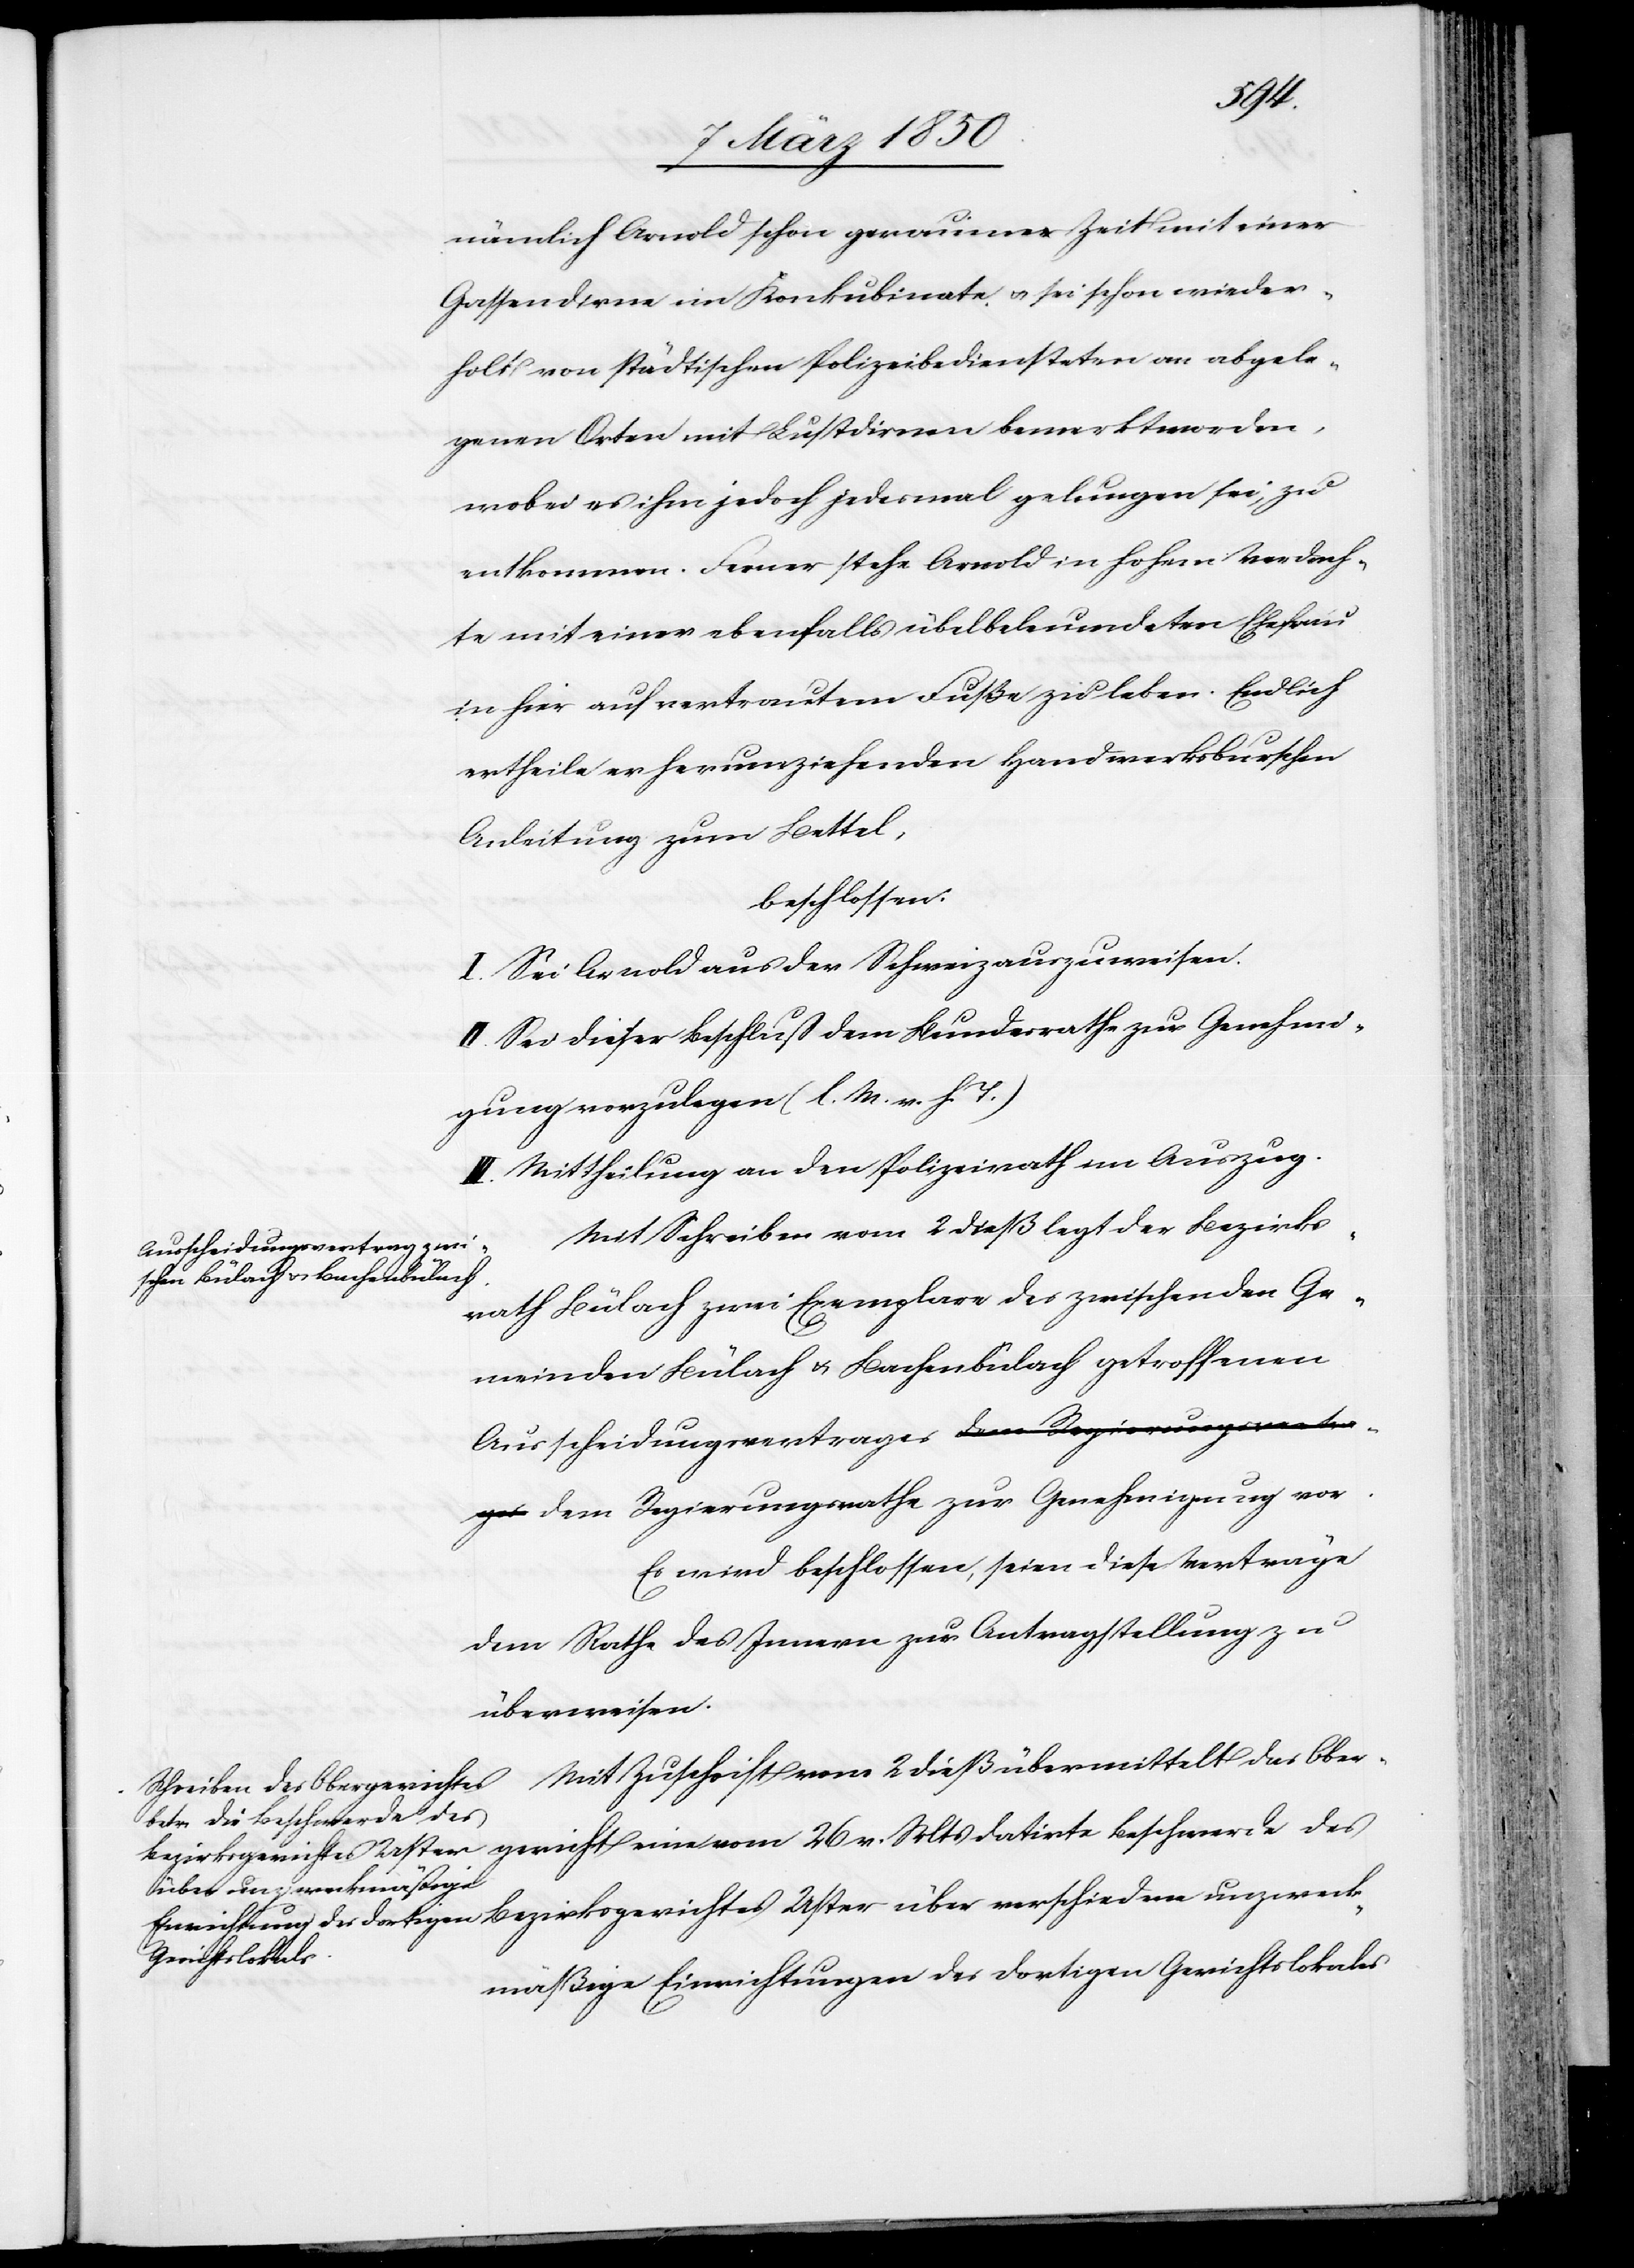
unzweck¬
nämlich Arnold schon geraume Zeit mit einer
Gassendirne im Konkubinate u. sei schon wieder¬
holt von städtischen Polizeibediensteten an abgele¬
genen Orten mit Lustdirnen bemerkt worden,
wobei es ihm jedoch jedesmal gelungen sei, zu
entkommen. Ferner stehe Arnold in hohem Verdach¬
te mit einer ebenfalls übelbeleumdeten Ehefrau
in hier auf vertrautem Fuße zu leben. Endlich
ertheile er herumziehenden Handwerksburschen
Anleitung zum Bettel,
beschlossen:
I. Sei Arnold aus der Schweiz auszuweisen.
II. Sei dieser Beschluß dem Bundesrathe zur Genehmi¬
gung vorzulegen (l. M. v. h. T.)
III. Mittheilung an den Polizeirath im Auszug.
Mit Schreiben vom 2 dieß legt der Bezirks¬
Ausscheidungsvertrage¬
rath Bülach zwei Exemplare des zwischen den Ge¬
meinden Bülach u. Bachenbülach getroffenen
s dem Regierungsrathe zur Genehmigung vor.
Es wird beschlossen, seien diese Verträge
dem Rathe des Innern zur Antragstellung zu
überweisen.
übermittelt das Obergericht eine vom 26 v. Mts datirte Beschwerde des
mäßige Einrichtungen des dortigen Gerichtslokales